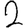
Digit: 2